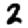
Digit: 2